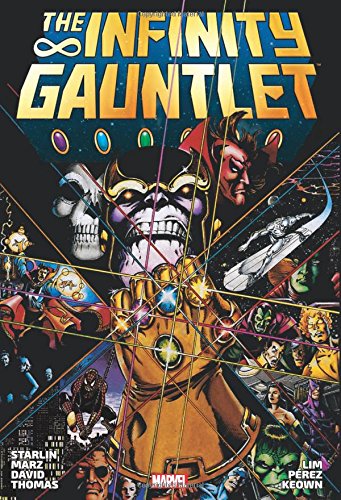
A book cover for Infinity Gauntlet Omnibus; Marvel Comics; Comics & Graphic Novels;